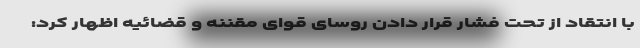
با انتقاد از تحت فشار قرار دادن روسای قوای مقننه و قضائیه اظهار کرد: